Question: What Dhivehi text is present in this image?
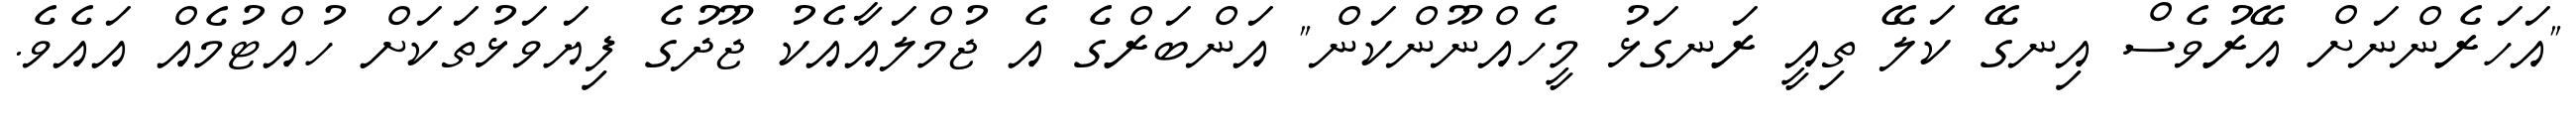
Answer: "އަހަރެންނަށް އޭރުވެސް އިނގޭ ކަލޭ ތިއީ ރަނގަޅު މީހެއްނޫންކަން" އަންބަރްގެ އެ ޖުމްލައާއެކު ޖޫދުގެ ފިޔަވަޅުތަކަށް ހުއްޓުމެއް އައެވެ.